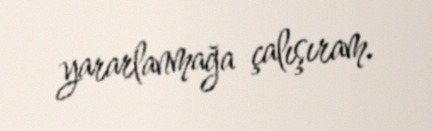
yararlanmağa çalışıram.